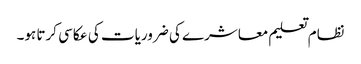
نظام تعلیم معاشرے کی ضروریات کی عکاسی کرتا ہو۔